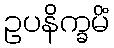
ဥပနိက္ခမိံ